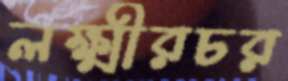
লক্ষ্মীরচর